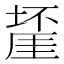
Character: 𱗴